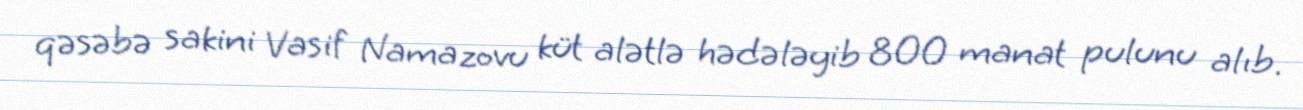
qəsəbə sakini Vasif Namazovu küt alətlə hədələyib 800 manat pulunu alıb.